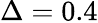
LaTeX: \Delta=0.4